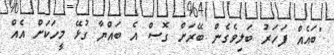
"ބައެއް ފަހަރު ބަލިވެގެން ބޭރަށް ގޮސް އެ ބައްޔާ ގުޅޭ މީހަކަށް އެއް